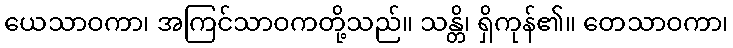
ယေသာဝကာ၊ အကြင်သာဝကတို့သည်။ သန္တိ၊ ရှိကုန်၏။ တေသာဝကာ၊